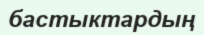
бастыктардың